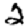
Digit: 2